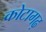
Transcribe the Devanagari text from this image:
कोटागढ़